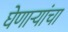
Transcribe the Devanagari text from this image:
घेणाऱ्यांचा